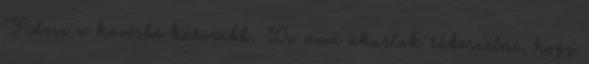
Fidesz a kevésbé károsabb. De nem akarlak rábeszélni, hogy